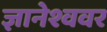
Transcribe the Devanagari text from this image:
ज्ञानेश्ववर